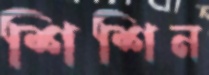
শিশিন